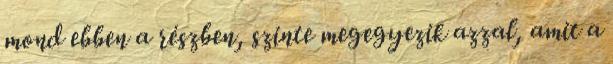
mond ebben a részben, szinte megegyezik azzal, amit a